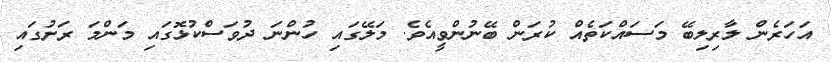
އަހަރެން ލާރިލިބޭ މަސައްކަތެއް ކުރަން ބޭނުންވީއެވެ. މަލޭގައި ހުންނަ ދުވަސްކުޅޮގައި މަންމަ ރަށުގައި